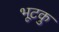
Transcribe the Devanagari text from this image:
भूटकु